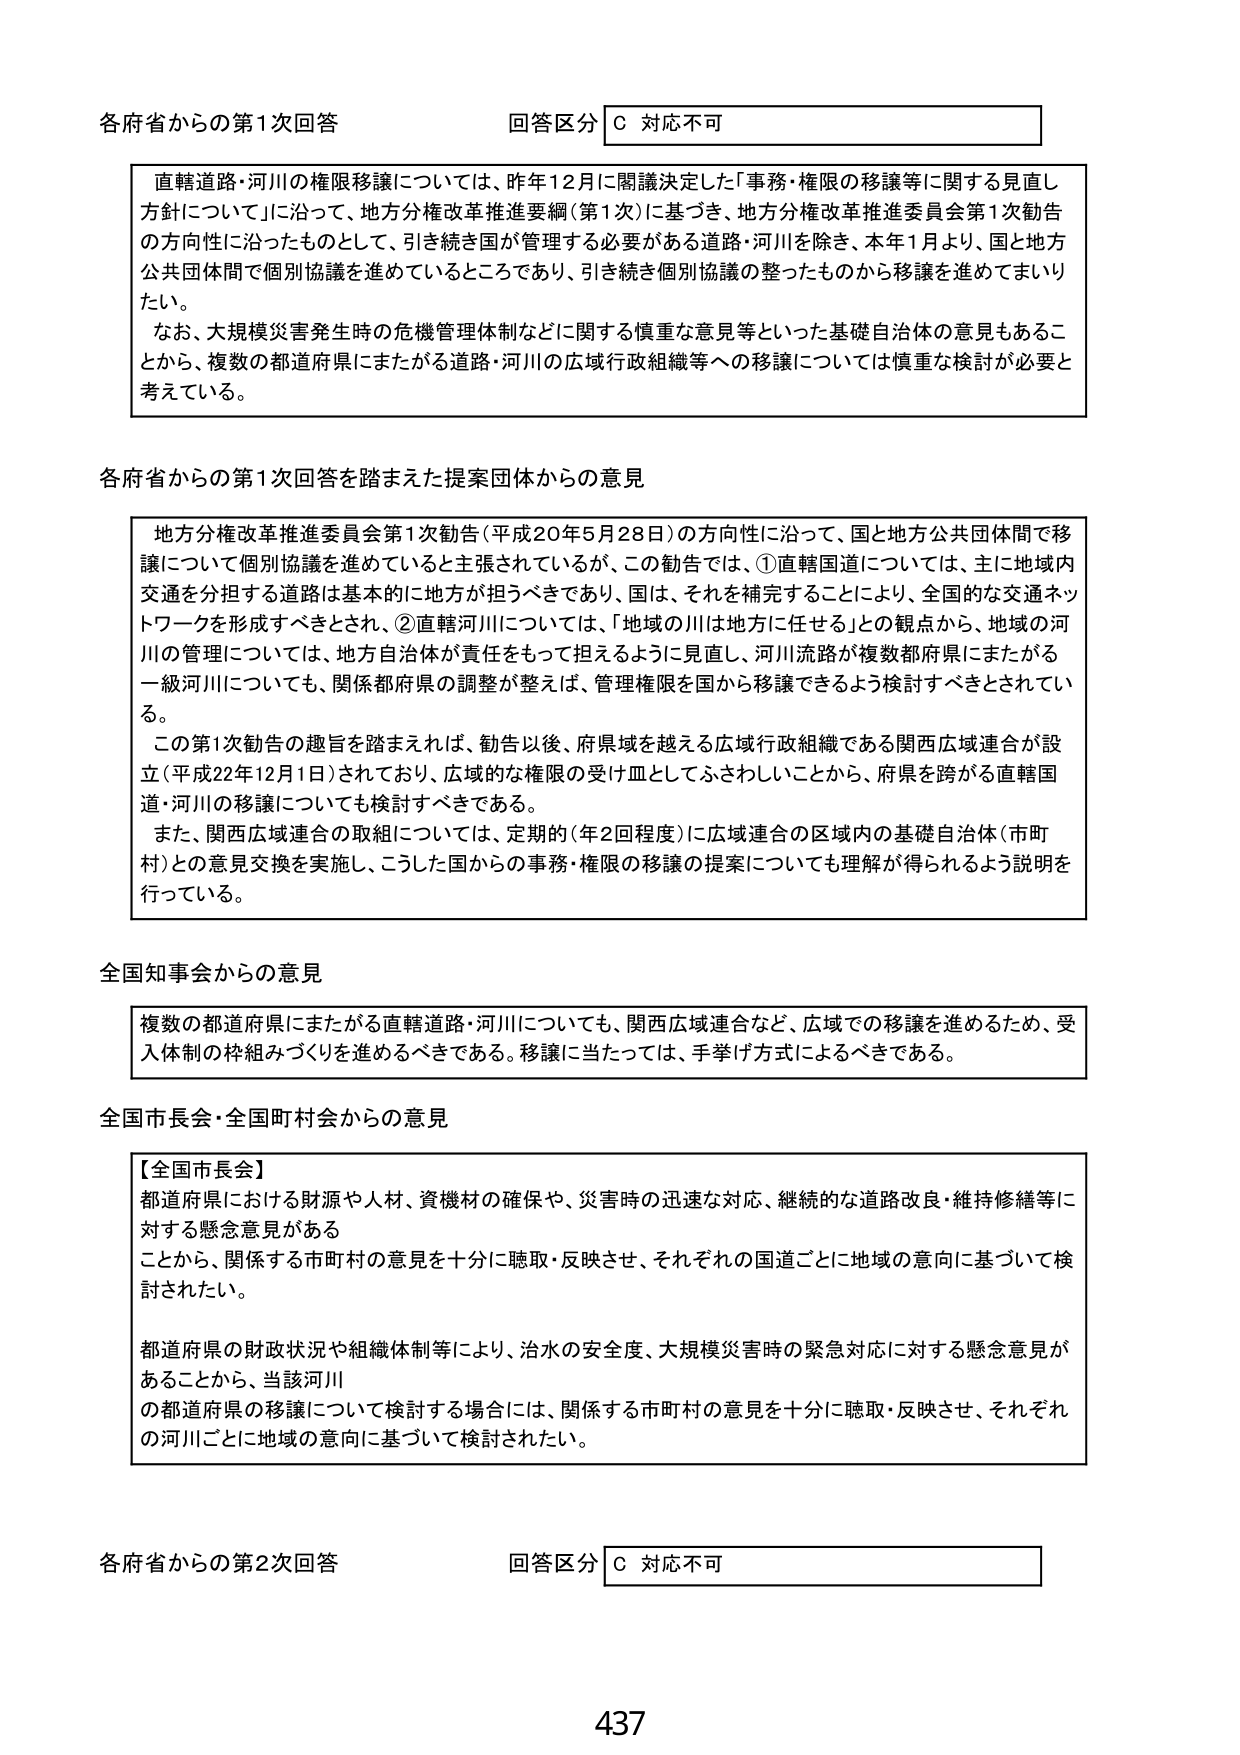
各府省からの第1次回答
回答区分 C 対応不可

直轄道路・河川の権限移譲については、昨年12月に閣議決定した「事務・権限の移譲等に関する見直し方針について」に沿って、地方分権改革推進要綱（第1次）に基づき、地方分権改革推進委員会第1次勧告の方向性に沿ったものとして、引き続き国が管理する必要がある道路・河川を除き、本年1月より、国と地方公共団体間で個別協議を進めているところであり、引き続き個別協議の整ったものから移譲を進めてまいりたい。
なお、大規模災害発生時の危機管理体制などに関する慎重な意見等といった基礎自治体の意見もあることから、複数の都道府県にまたがる道路・河川の広域行政組織等への移譲については慎重な検討が必要と考えている。

各府省からの第1次回答を踏まえた提案団体からの意見

地方分権改革推進委員会第1次勧告（平成20年5月28日）の方向性に沿って、国と地方公共団体間で移譲について個別協議を進めていると主張されているが、この勧告では、①直轄国道については、主に地域内交通を分担する道路は基本的に地方が担うべきであり、国は、それを補完することにより、全国的な交通ネットワークを形成すべきとされ、②直轄河川については、「地域の川は地方に任せる」との観点から、地域の河川の管理については、地方自治体が責任をもって担えるように見直し、河川流路が複数都府県にまたがる一級河川についても、関係都府県の調整が整えば、管理権限を国から移譲できるよう検討すべきとされている。
この第1次勧告の趣旨を踏まえれば、勧告以後、府県域を越える広域行政組織である関西広域連合が設立（平成22年12月1日）されており、広域的な権限の受け皿としてふさわしいことから、府県を跨がる直轄国道・河川の移譲についても検討すべきである。
また、関西広域連合の取組については、定期的（年2回程度）に広域連合の区域内の基礎自治体（市町村）との意見交換を実施し、こうした国からの事務・権限の移譲の提案についても理解が得られるよう説明を行っている。

全国知事会からの意見

複数の都道府県にまたがる直轄道路・河川についても、関西広域連合など、広域での移譲を進めるため、受入体制の枠組みづくりを進めるべきである。移譲に当たっては、手挙げ方式によるべきである。

全国市長会・全国町村会からの意見

【全国市長会】
都道府県における財源や人材、資機材の確保や、災害時の迅速な対応、継続的な道路改良・維持修繕等に対する懸念意見がある
ことから、関係する市町村の意見を十分に聴取・反映させ、それぞれの国道ごとに地域の意向に基づいて検討されたい。
都道府県の財政状況や組織体制等により、治水の安全性、大規模災害時の緊急対応に対する懸念意見があることから、当該河川
の都道府県の移譲について検討する場合には、関係する市町村の意見を十分に聴取・反映させ、それぞれの河川ごとに地域の意向に基づいて検討されたい。

各府省からの第2次回答
回答区分 C 対応不可

437